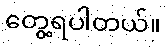
တွေ့ရပါတယ်။